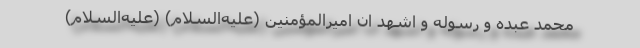
محمد عبده و رسوله و اشهد ان امیرالمؤمنین (علیه‌السلام) (علیه‌السلام)